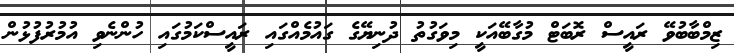
ޒިމްބާބުވޭ ރައީސް ރޮބަޓް މުގާބޭއަކީ މިވަގުތު ދުނިޔޭގެ ގައުމެއްގައި ރައީސްކަމުގައި ހުންނެވި އުމުރުފުޅުން